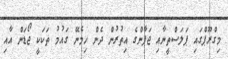
މިގްރޫޕްގައި ޕަލަސްތީނާއި ޖަޕާންގެ އިތުރުން ދެން ހިމެނޭ ގައުމު ތަކަކީ ޖޯޑަން އާއި